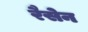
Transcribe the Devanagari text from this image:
रैसेन